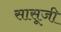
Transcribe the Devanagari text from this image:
सासूजी